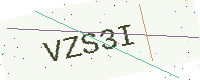
Text: VZS3I